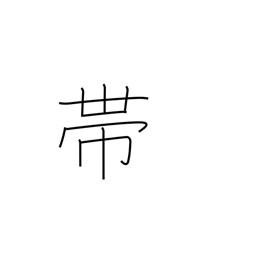
Meaning: sash